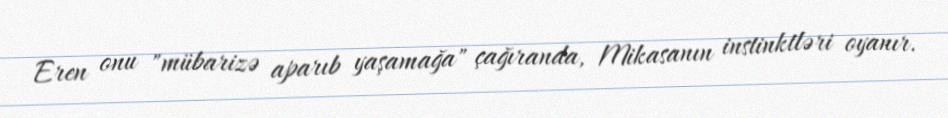
Eren onu "mübarizə aparıb yaşamağa" çağıranda, Mikasanın instinktləri oyanır.